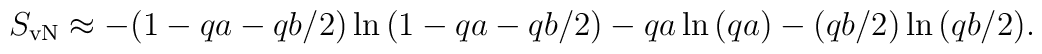
S_{\rm vN} \approx -(1-qa-qb/2)\ln{(1-qa-qb/2)}-qa\ln{(qa)}-(qb/2)\ln{(qb/2)}.